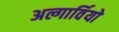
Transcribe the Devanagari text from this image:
अल्गार्वियो